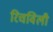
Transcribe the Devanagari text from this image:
रिचविली